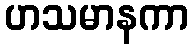
ဟသမာနကာ